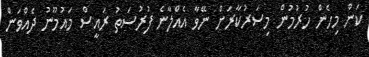
ކަން މިހެން ހުރުމުން މިސަރުކާރަށް ނޭވާ އެއްލާނެ ފުރުސަތު ރައީސް މައުމޫނު ދެއްވަން